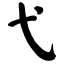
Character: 弋